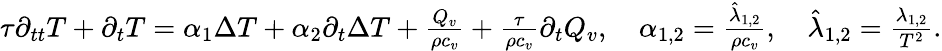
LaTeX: \begin{array}{r}{\tau\partial_{tt}T+\partial_{t}T=\alpha_{1}\Delta T+\alpha_{2}\partial_{t}\Delta T+\frac{Q_{v}}{\rho c_{v}}+\frac{\tau}{\rho c_{v}}\partial_{t}Q_{v},\quad\alpha_{1,2}=\frac{\hat{\lambda}_{1,2}}{\rho c_{v}},\quad\hat{\lambda}_{1,2}=\frac{\lambda_{1,2}}{T^{2}}.}\end{array}